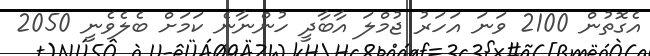
އެގޮތުން 2100 ވަނަ އަހަރު ޖުމްލަ އާބާދީ ހުންނާނެ ކަމަށް ބެލެވެނީ 2050